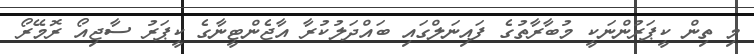
މި ތިން ކީޕަރުންނަކީ މުބާރާތުގެ ފައިނަލްގައި ބައްދަލުކުރާ އާޖެންޓީނާގެ ކީޕަރު ސާޖިއޯ ރޮމޭރޯ